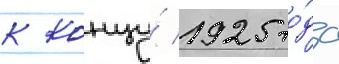
к концу́ 1925 го́да